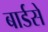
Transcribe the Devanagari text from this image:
बार्डसे